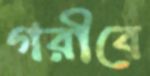
গরীবে